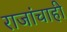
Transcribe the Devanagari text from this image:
राजांचाही